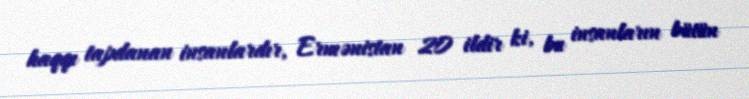
haqqı tapdanan insanlardır, Ermənistan 20 ildir ki, bu insanların bütün